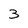
Character: 3